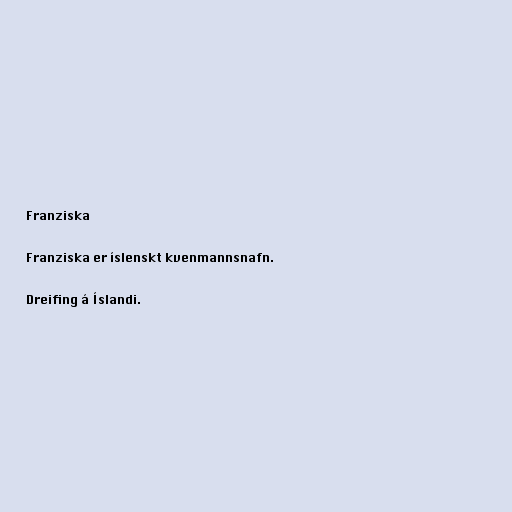
Franziska

Franziska er íslenskt kvenmannsnafn.

Dreifing á Íslandi.